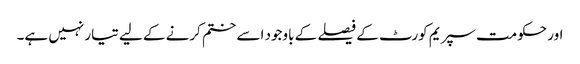
اور حکومت سپریم کورٹ کے فیصلے کے باوجود اسے ختم کرنے کے لیے تیار نہیں ہے۔